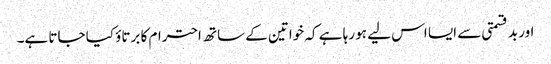
اور بد قسمتی سے ایسا اس لیے ہو رہا ہے کہ خواتین کے ساتھ احترام کا برتاؤ کیا جاتا ہے۔